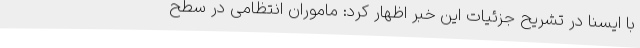
با ایسنا در تشریح جزئیات این خبر اظهار کرد: ماموران انتظامی در سطح